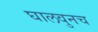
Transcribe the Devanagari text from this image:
घालवुनच